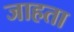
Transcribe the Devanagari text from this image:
जाहता